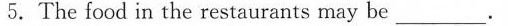
5.The food in the restaurants may be ___.